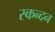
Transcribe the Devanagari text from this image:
स्कन्दन